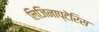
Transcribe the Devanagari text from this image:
लिजिनाप्टेरिस